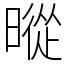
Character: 暰